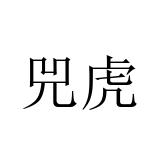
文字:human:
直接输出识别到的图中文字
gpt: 兕虎